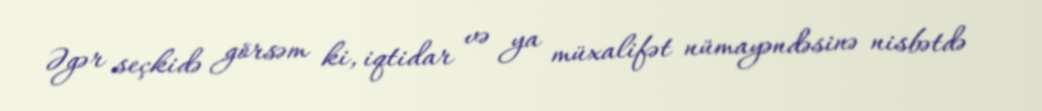
Əgər seçkidə görsəm ki, iqtidar və ya müxalifət nümayəndəsinə nisbətdə